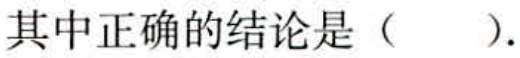
其中正确的结论是（  ）.